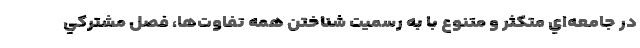
در جامعه‌اي متكثر و متنوع با به رسميت شناختن همه تفاوت‌ها، فصل مشتركي